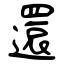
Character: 還